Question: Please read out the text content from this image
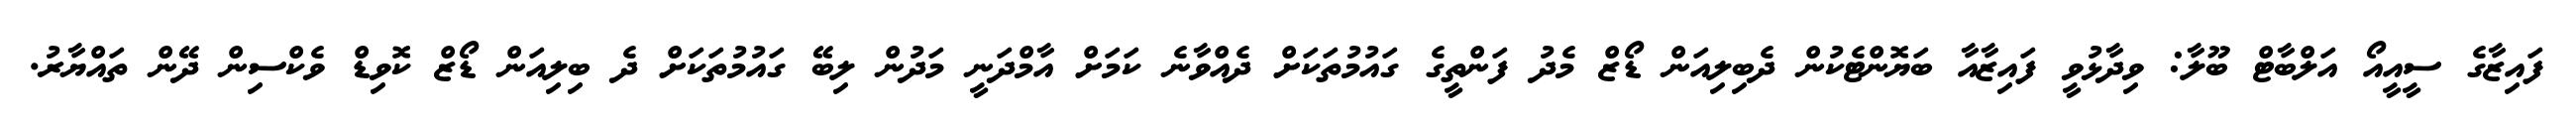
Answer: ފައިޒާގެ ސީއީއޯ އަލްބާޓް ބޫލާ: ވިދާޅުވީ ފައިޒާއާ ބަޔޮންޓެކުން ދެބިލިއަން ޑޯޒް މެދު ފަންތީގެ ގައުމުތަކަށް ދެއްވާނެ ކަމަށް އާމްދަނީ މަދުން ލިބޭ ގައުމުތަކަށް ދެ ބިލިއަން ޑޯޒް ކޮވިޑް ވެކްސިން ދޭން ތައްޔާރު.